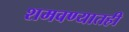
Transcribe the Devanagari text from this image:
शमवण्यातही